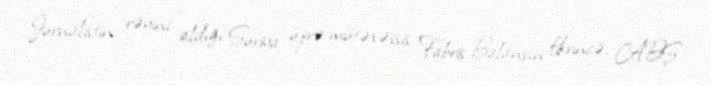
Jurnalistin rəyini aldığı Suriya üzrə mütəxəssis Fabris Balanşın fikrincə, ABŞ